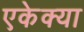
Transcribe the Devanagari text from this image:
एकेक्या